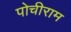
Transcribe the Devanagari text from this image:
पोचीराम